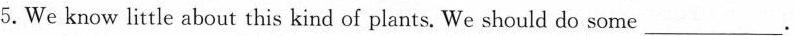
5.We know little about this kind of plants. We should do some___.